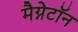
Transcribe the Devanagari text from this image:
मैग्नेटॉन